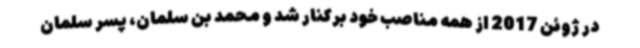
در ژوئن 2017 از همه مناصب خود برکنار شد و محمد بن سلمان، پسر سلمان